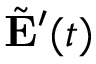
\tilde { \mathbf { E } } ^ { \prime } ( t )